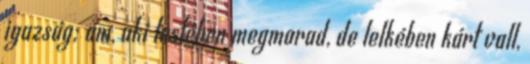
igazság; ám, aki testében megmarad, de lelkében kárt vall,